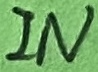
Text: IN